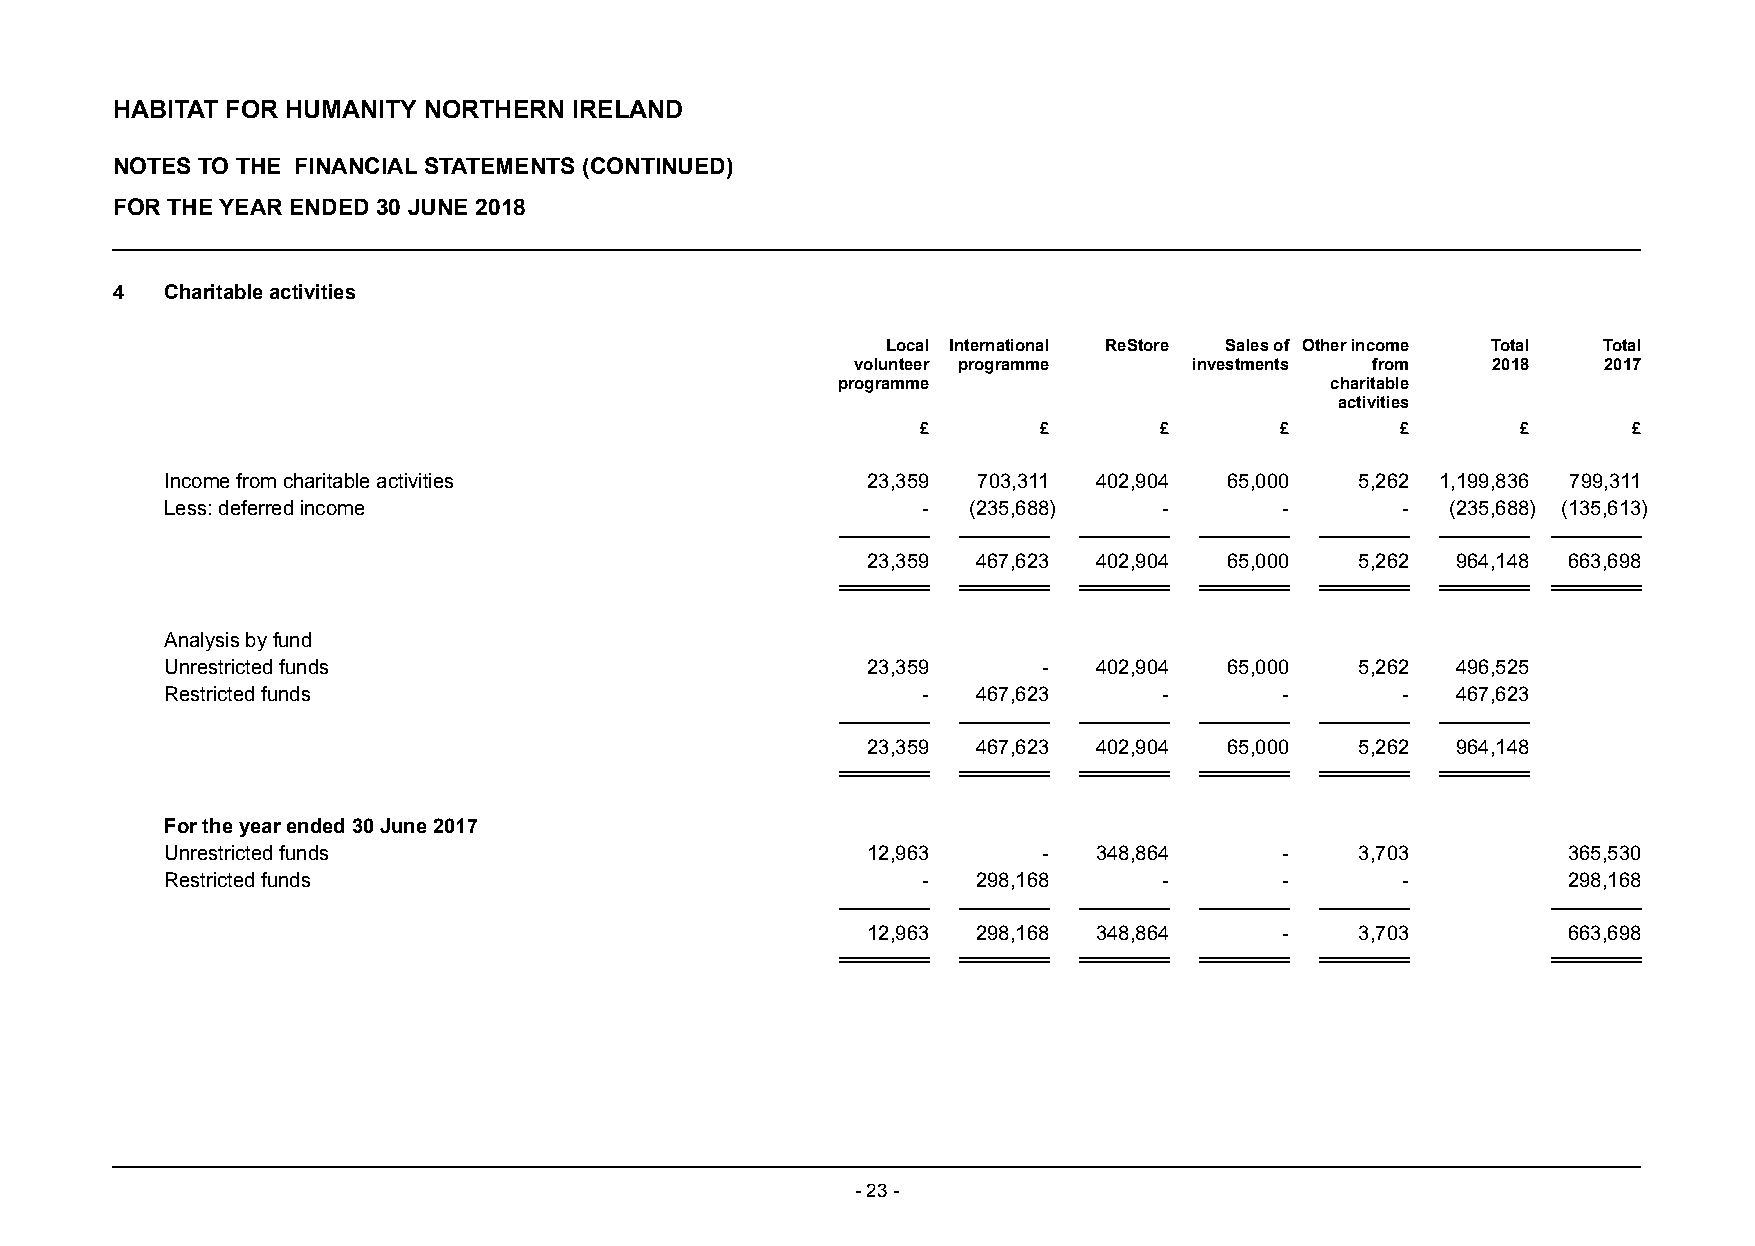
HABITAT FOR HUMANITY NORTHERN  IRELAND
 NOTES TO THE FINANCIAL STATEMENTS (CONTINUED)
 FOR THE YEAR ENDED 30 JUNE 2018
 4   Charitable activities
 Local International ReStore Sales of Other income Total Total
 volunteer programme   investments from    2018   2017
 programme                        charitable
 activities
 £       £       £       £       £       £      £
 Income from charitable activities             23,359  703,311 402,904 65,000   5,262 1,199,836 799,311
 Less: deferred income                             -  (235,688)    -       -       -  (235,688) (135,613)
 23,359  467,623 402,904 65,000   5,262 964,148 663,698
 Analysis by fund
 Unrestricted funds                            23,359      -   402,904 65,000   5,262 496,525
 Restricted funds                                  -   467,623     -       -       -  467,623
 23,359  467,623 402,904 65,000   5,262 964,148
 For the year ended 30 June 2017
 Unrestricted funds                            12,963      -   348,864     -    3,703         365,530
 Restricted funds                                  -   298,168     -       -       -          298,168
 12,963  298,168 348,864     -    3,703         663,698
 - 23 -